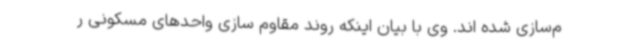
م‌سازی شده اند. وی با بیان اینکه روند مقاوم سازی واحدهای مسکونی ر